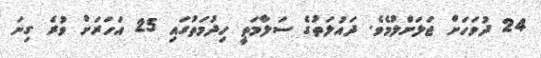
24 ދުވަހަށް ޖަލަށްލުމެވެ. ދައުލަތުގެ ސަލާމަތީ ހިދުމަތުގައި 25 އަހަރަށް ވުރެ ގިނަ